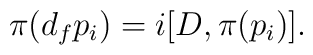
\pi(d_{f} p_{i}) = i[D, \pi(p_{i})].